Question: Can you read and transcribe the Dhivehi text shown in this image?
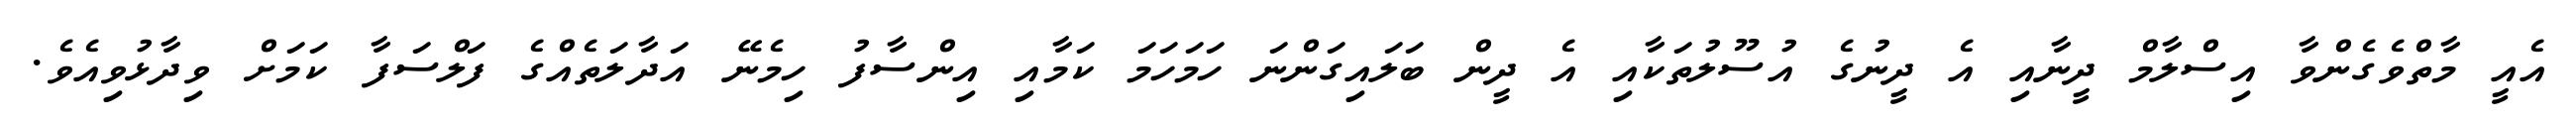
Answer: އެއީ މާތްވެގެންވާ އިސްލާމް ދީނާއި އެ ދީނުގެ އުސޫލުތަކާއި އެ ދީން ބަލައިގަންނަ ހަމަހަމަ ކަމާއި އިންސާފު ހިމެނޭ އަދާލަތެއްގެ ފަލްސަފާ ކަމަށް ވިދާޅުވިއެވެ.